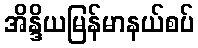
အိန္ဒိယမြန်မာနယ်စပ်